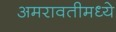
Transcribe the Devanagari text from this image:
अमरावतीमध्ये